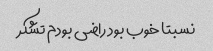
نسبتا خوب بود راضی بودم تشکر